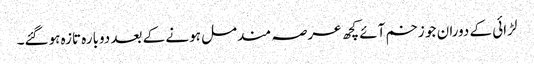
لڑائی کے دوران جو زخم آئے کچھ عرصہ مندمل ہونے کے بعد دوبارہ تازہ ہوگئے۔